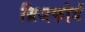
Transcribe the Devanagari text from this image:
ब्रिजफोर्ड